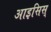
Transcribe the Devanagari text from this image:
आइसिस्